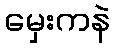
မှေးကနဲ